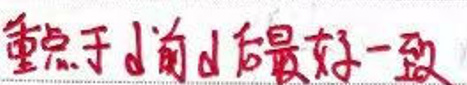
重点于d前d后最好一致